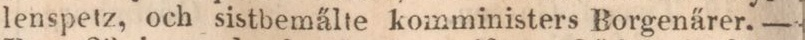
lenspetz, och sistbemälte komministers Borgenärer.—